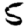
Digit: 5